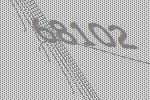
68102